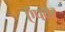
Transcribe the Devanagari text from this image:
ऍपवर